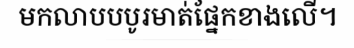
មកលាបបបូរមាត់ផ្នែកខាងលើ។